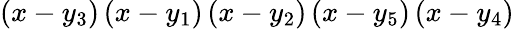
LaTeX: \left(x-y_{3}\right)\left(x-y_{1}\right)\left(x-y_{2}\right)\left(x-y_{5}\right)\left(x-y_{4}\right)